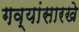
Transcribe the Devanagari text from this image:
गव्यांसारखे